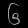
Digit: ၆